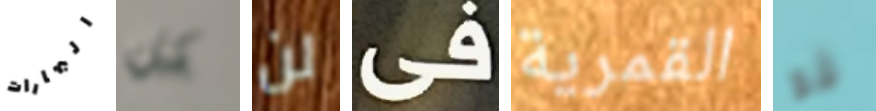
البهارات كل لن فى القمرية قو